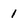
Character: 1